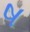
ષ